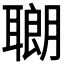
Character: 𫆍